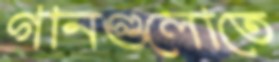
গানগুলোতে